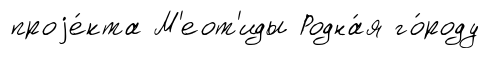
проjе́кта М'еот'иды Родна́я го́роду